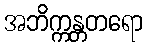
အဘိက္ကန္တတရော